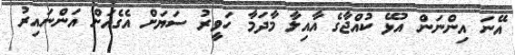
އޭނަ އިންނަން އުޅޭ ކުއްޖާގެ އާއިލާ މާދަމާ ހަވީރު ސަޔަށް އެގެއަށް އަންނައިރު